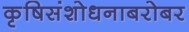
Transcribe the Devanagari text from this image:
कृषिसंशोधनाबरोबर